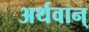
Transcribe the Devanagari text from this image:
अर्थवान्‌